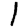
Digit: 1